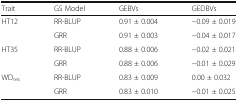
<table><thead><tr><td><b>Trait</b></td><td><b>GS Model</b></td><td><b>GEBVs</b></td><td><b>GEDBVs</b></td></tr></thead><tbody><tr><td rowspan="2">HT12</td><td>RR-BLUP</td><td>0.91 ± 0.004</td><td>−0.09 ± 0.019</td></tr><tr><td>GRR</td><td>0.91 ± 0.003</td><td>−0.04 ± 0.017</td></tr><tr><td rowspan="2">HT35</td><td>RR-BLUP</td><td>0.88 ± 0.006</td><td>−0.02 ± 0.021</td></tr><tr><td>GRR</td><td>0.88 ± 0.006</td><td>−0.01 ± 0.029</td></tr><tr><td>WD<sub>res</sub></td><td>RR-BLUP</td><td>0.83 ± 0.009</td><td>0.00 ± 0.032</td></tr><tr><td></td><td>GRR</td><td>0.83 ± 0.010</td><td>−0.01 ± 0.025</td></tr></tbody></table>